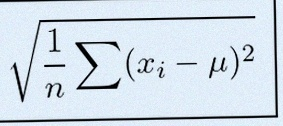
\sigma=\sqrt{\frac1n\sum(x_i-\mu)^2}